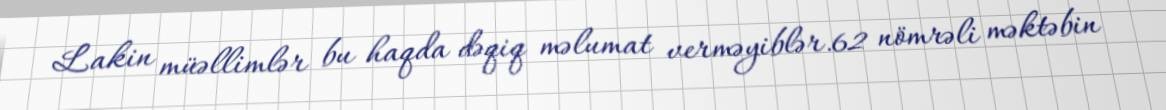
Lakin müəllimlər bu haqda dəqiq məlumat verməyiblər.62 nömrəli məktəbin